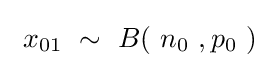
\ x_{01}\ \sim \ B(\ n_{0}\ ,p_{0}\ )\